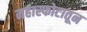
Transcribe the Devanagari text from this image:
महास्फोटातून